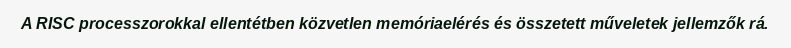
A RISC processzorokkal ellentétben közvetlen memóriaelérés és összetett műveletek jellemzők rá.